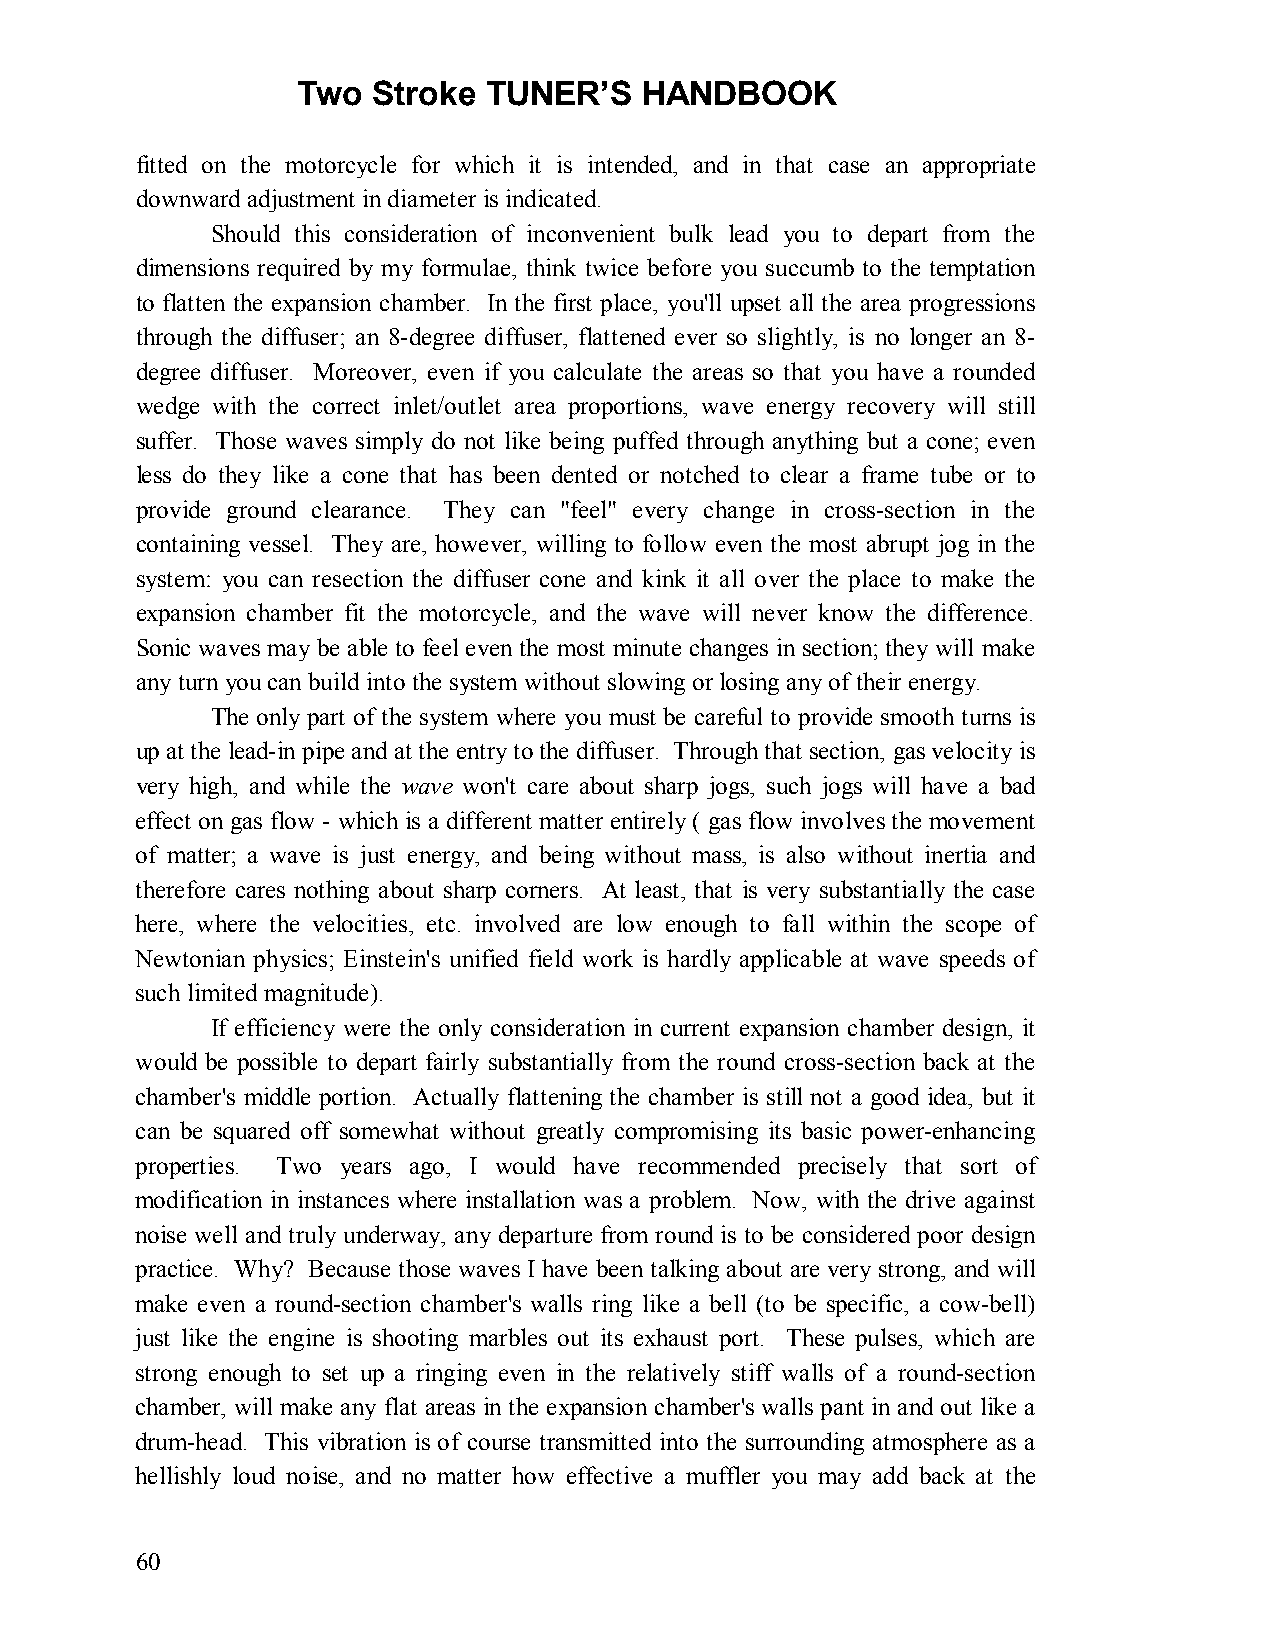
Two  Stroke TUNER’S   HANDBOOK
 fitted on the motorcycle for which it is intended, and in that case an appropriate
 downward adjustment in diameter is indicated.
 Should this consideration of inconvenient bulk lead you to depart from the
 dimensions required by my formulae, think twice before you succumb to the temptation
 to flatten the expansion chamber. In the first place, you'll upset all the area progressions
 through the diffuser; an 8-degree diffuser, flattened ever so slightly, is no longer an 8-
 degree diffuser. Moreover, even if you calculate the areas so that you have a rounded
 wedge with the correct inlet/outlet area proportions, wave energy recovery will still
 suffer. Those waves simply do not like being puffed through anything but a cone; even
 less do they like a cone that has been dented or notched to clear a frame tube or to
 provide ground clearance. They can "feel" every change in cross-section in the
 containing vessel. They are, however, willing to follow even the most abrupt jog in the
 system: you can resection the diffuser cone and kink it all over the place to make the
 expansion chamber fit the motorcycle, and the wave will never know the difference.
 Sonic waves may be able to feel even the most minute changes in section; they will make
 any turn you can build into the system without slowing or losing any of their energy.
 The only part of the system where you must be careful to provide smooth turns is
 up at the lead-in pipe and at the entry to the diffuser. Through that section, gas velocity is
 very high, and while the wave won't care about sharp jogs, such jogs will have a bad
 effect on gas flow - which is a different matter entirely ( gas flow involves the movement
 of matter; a wave is just energy, and being without mass, is also without inertia and
 therefore cares nothing about sharp corners. At least, that is very substantially the case
 here, where the velocities, etc. involved are low enough to fall within the scope of
 Newtonian physics; Einstein's unified field work is hardly applicable at wave speeds of
 such limited magnitude).
 If efficiency were the only consideration in current expansion chamber design, it
 would be possible to depart fairly substantially from the round cross-section back at the
 chamber's middle portion. Actually flattening the chamber is still not a good idea, but it
 can be squared off somewhat without greatly compromising its basic power-enhancing
 properties. Two years ago, I would have recommended precisely that sort of
 modification in instances where installation was a problem. Now, with the drive against
 noise well and truly underway, any departure from round is to be considered poor design
 practice. Why? Because those waves I have been talking about are very strong, and will
 make even a round-section chamber's walls ring like a bell (to be specific, a cow-bell)
 just like the engine is shooting marbles out its exhaust port. These pulses, which are
 strong enough to set up a ringing even in the relatively stiff walls of a round-section
 chamber, will make any flat areas in the expansion chamber's walls pant in and out like a
 drum-head. This vibration is of course transmitted into the surrounding atmosphere as a
 hellishly loud noise, and no matter how effective a muffler you may add back at the
 60